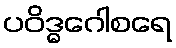
ပဝိဒ္ဓဂေါစရေ